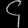
Digit: ၄